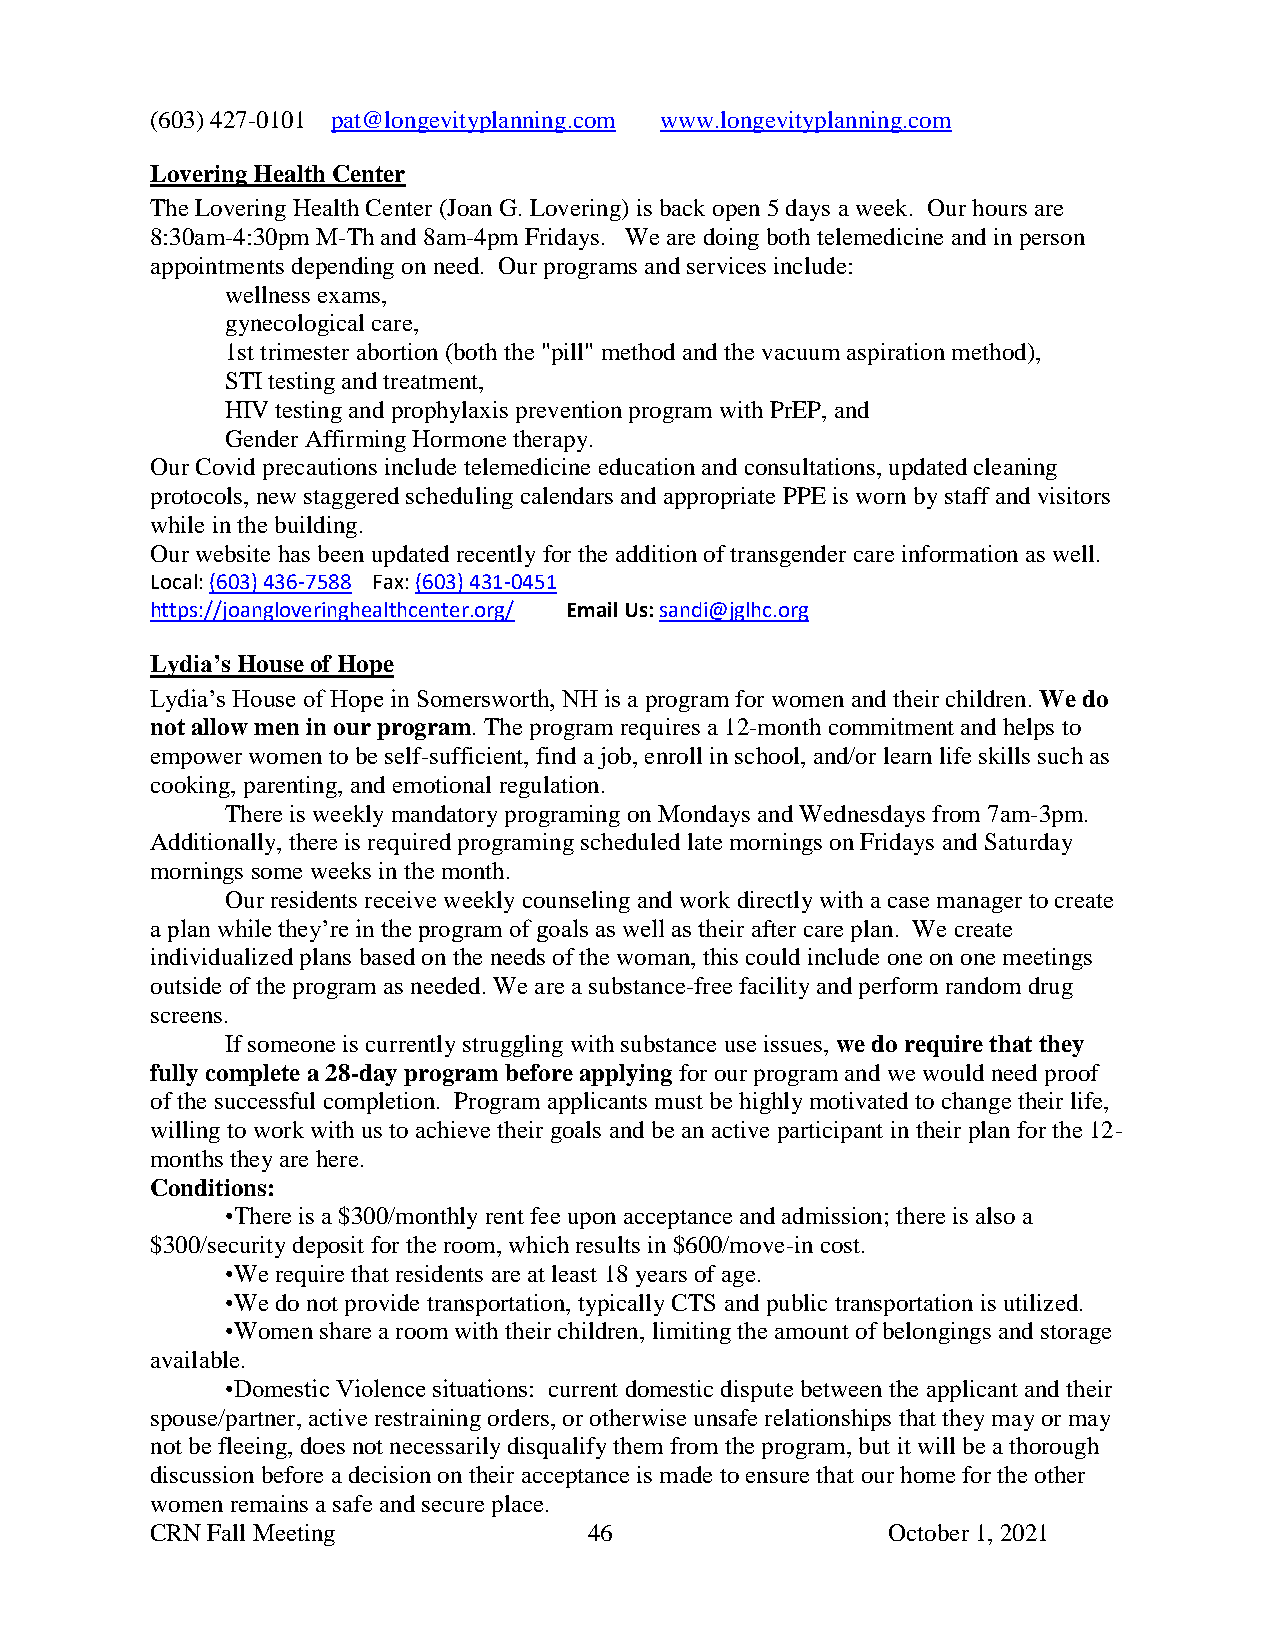
(603) 427-0101 pat@longevityplanning.com www.longevityplanning.com
 Lovering Health Center
 The Lovering Health Center (Joan G. Lovering) is back open 5 days a week. Our hours are
 8:30am-4:30pm M-Th and 8am-4pm Fridays. We are doing both telemedicine and in person
 appointments depending on need. Our programs and services include:
 wellness exams,
 gynecological care,
 1st trimester abortion (both the "pill" method and the vacuum aspiration method),
 STI testing and treatment,
 HIV testing and prophylaxis prevention program with PrEP, and
 Gender Affirming Hormone therapy.
 Our Covid precautions include telemedicine education and consultations, updated cleaning
 protocols, new staggered scheduling calendars and appropriate PPE is worn by staff and visitors
 while in the building.
 Our website has been updated recently for the addition of transgender care information as well.
 Local: (603) 436-7588 Fax: (603) 431-0451
 https://joangloveringhealthcenter.org/ Email Us: sandi@jglhc.org
 Lydia’s House of Hope
 Lydia’s House of Hope in Somersworth, NH is a program for women and their children. We do
 not allow men in our program. The program requires a 12-month commitment and helps to
 empower women to be self-sufficient, find a job, enroll in school, and/or learn life skills such as
 cooking, parenting, and emotional regulation.
 There is weekly mandatory programing on Mondays and Wednesdays from 7am-3pm.
 Additionally, there is required programing scheduled late mornings on Fridays and Saturday
 mornings some weeks in the month.
 Our residents receive weekly counseling and work directly with a case manager to create
 a plan while they’re in the program of goals as well as their after care plan. We create
 individualized plans based on the needs of the woman, this could include one on one meetings
 outside of the program as needed. We are a substance-free facility and perform random drug
 screens.
 If someone is currently struggling with substance use issues, we do require that they
 fully complete a 28-day program before applying for our program and we would need proof
 of the successful completion. Program applicants must be highly motivated to change their life,
 willing to work with us to achieve their goals and be an active participant in their plan for the 12-
 months they are here.
 Conditions:
 •There is a $300/monthly rent fee upon acceptance and admission; there is also a
 $300/security deposit for the room, which results in $600/move-in cost.
 •We require that residents are at least 18 years of age.
 •We do not provide transportation, typically CTS and public transportation is utilized.
 •Women share a room with their children, limiting the amount of belongings and storage
 available.
 •Domestic Violence situations: current domestic dispute between the applicant and their
 spouse/partner, active restraining orders, or otherwise unsafe relationships that they may or may
 not be fleeing, does not necessarily disqualify them from the program, but it will be a thorough
 discussion before a decision on their acceptance is made to ensure that our home for the other
 women remains a safe and secure place.
 CRN Fall Meeting             46                  October 1, 2021